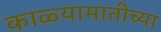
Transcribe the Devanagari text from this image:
काळ्यामातीच्या